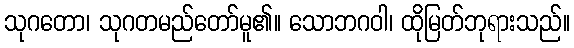
သုဂတော၊ သုဂတမည်တော်မူ၏။ သောဘဂဝါ၊ ထိုမြတ်ဘုရားသည်။